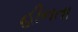
હીનતા